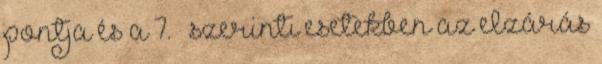
pontja és a 7. § szerinti esetekben az elzárás